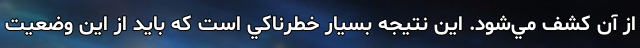
از آن كشف مي‌شود. اين نتيجه بسيار خطرناكي است كه بايد از اين وضعيت